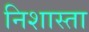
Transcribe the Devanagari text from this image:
निशास्ता